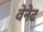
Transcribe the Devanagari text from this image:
वेनेट